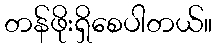
တန်ဖိုးရှိစေပါတယ်။